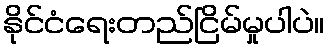
နိုင်ငံရေးတည်ငြိမ်မှုပါပဲ။